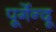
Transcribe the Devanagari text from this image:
पूर्गेन्दू